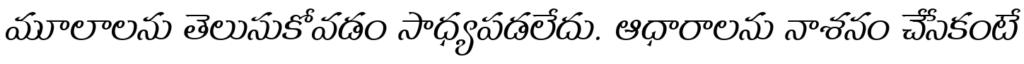
మూలాలను తెలుసుకోవడం సాధ్యపడలేదు. ఆధారాలను నాశనం చేసేకంటే